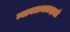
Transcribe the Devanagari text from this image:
न्यायधम्मकहाओ